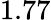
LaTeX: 1.77